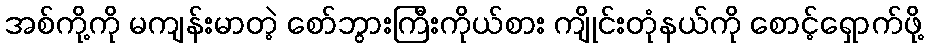
အစ်ကို့ကို မကျန်းမာတဲ့ စော်ဘွားကြီးကိုယ်စား ကျိုင်းတုံနယ်ကို စောင့်ရှောက်ဖို့